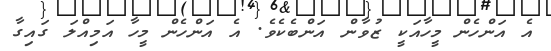
އެ އަންހެން މީހާއަކީ ޒުވާން އަންބެކެވެ. އެ އަންހެން މީހާ އަމިއްލަ ގައިގާ